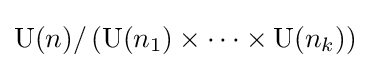
\operatorname {U} (n)/\left(\operatorname {U} (n_{1})\times \cdots \times \operatorname {U} (n_{k})\right)